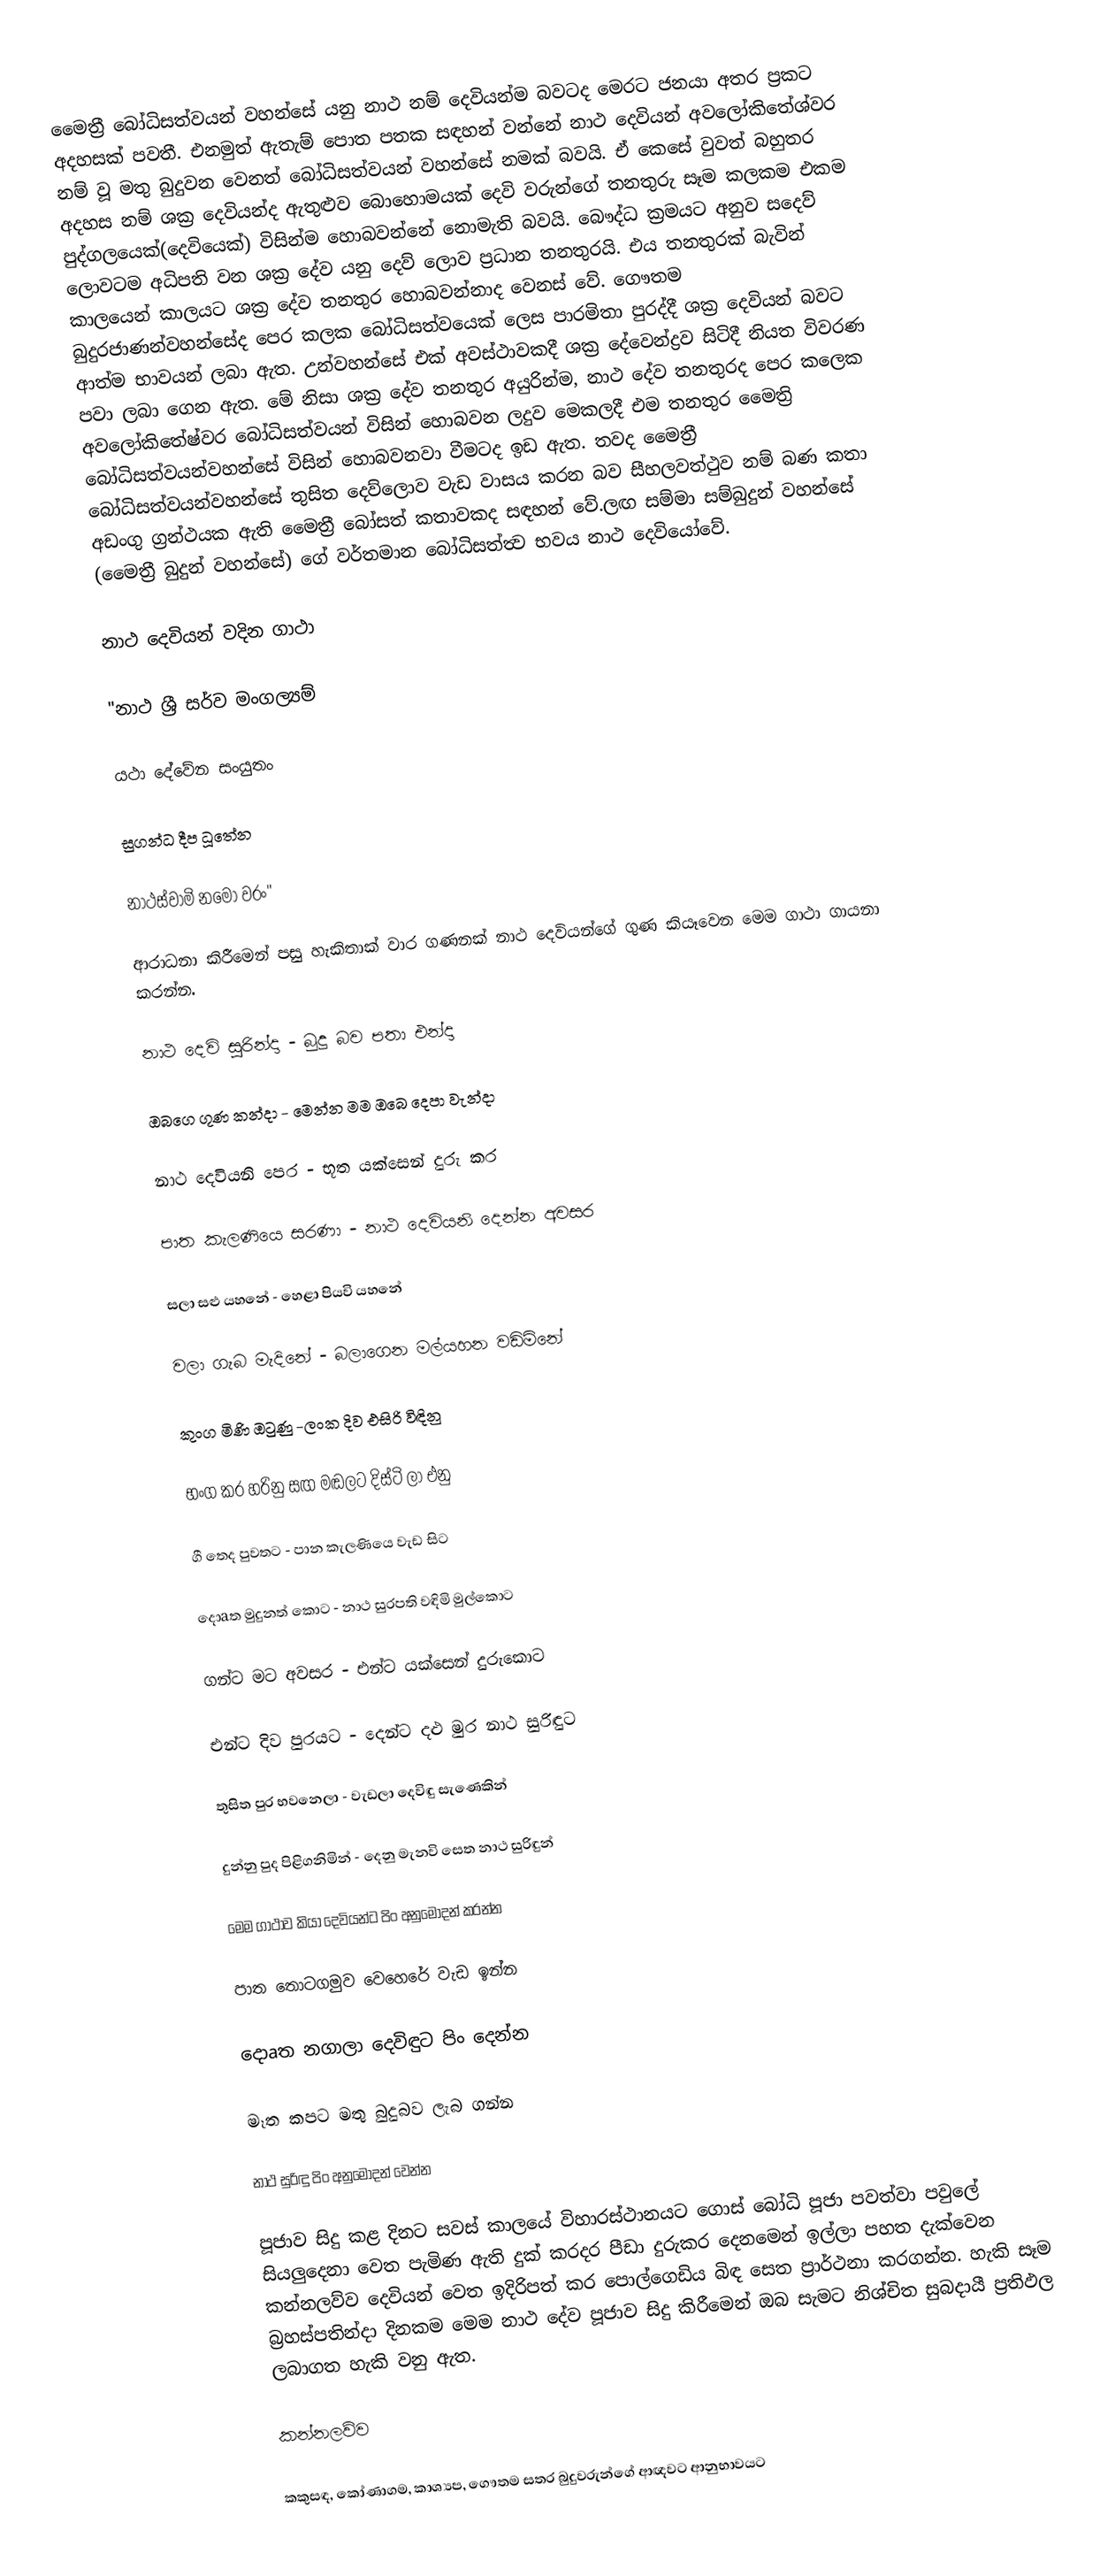
මෛත්‍රී බෝධිසත්වයන් වහන්සේ යනු නාථ නම් දෙවියන්ම බවටද මෙරට ජනයා අතර ප්‍රකට අදහසක් පවතී. එනමුත් ඇතැම් පොත පතක සඳහන් වන්නේ නාථ දෙවියන් අවලෝකිතේශ්වර නම් වූ මතු බුදුවන වෙනත් බෝධිසත්වයන් වහන්සේ නමක් බවයි. ඒ කෙසේ වුවත් බහුතර  අදහස නම් ශක්‍ර දෙවියන්ද ඇතුළුව බොහොමයක් දෙවි වරුන්ගේ තනතුරු සෑම කලකම එකම පුද්ගලයෙක්(දෙවියෙක්) විසින්ම හොබවන්නේ නොමැති බවයි. බෞද්ධ ක්‍රමයට අනුව සදෙව් ලොවටම අධිපති වන ශක්‍ර දේව යනු දෙව් ලොව ප්‍රධාන තනතුරයි. එය තනතුරක් බැවින් කාලයෙන් කාලයට ශක්‍ර දේව තනතුර හොබවන්නාද වෙනස් වේ. ගෞතම බුදුරජාණන්වහන්සේද පෙර කලක බෝධිසත්වයෙක් ලෙස පාරමිතා පුරද්දී ශක්‍ර දෙවියන් බවට ආත්ම භාවයන් ලබා ඇත. උන්වහන්සේ එක් අවස්ථාවකදී ශක්‍ර දේවෙන්ද්‍රව සිටිදී නියත විවරණ පවා ලබා ගෙන ඇත. මේ නිසා ශක්‍ර දේව තනතුර අයුරින්ම, නාථ දේව තනතුරද පෙර කලෙක අවලෝකිතේෂ්වර බෝධිසත්වයන් විසින් හොබවන ලදුව මෙකලදී එම තනතුර මෛත්‍රි බෝධිසත්වයන්වහන්සේ විසින් හොබවනවා වීමටද ඉඩ ඇත. තවද මෛත්‍රී බෝධිසත්වයන්වහන්සේ තුසිත දෙව්ලොව වැඩ වාසය කරන බව සීහලවත්ථුව නම් බණ කතා අඩංගු ග්‍රන්ථයක ඇති මෛත්‍රී බෝසත් කතාවකද සඳහන් වේ.ලඟ සම්මා සම්බුදුන් වහන්සේ (මෛත්‍රී බුදුන් වහන්සේ) ගේ වර්තමාන බෝධිසත්ත්‍ව භවය නාථ දෙවියෝවේ.

නාථ දෙවියන් වදින ගාථා

"නාථ ශ්‍රී සර්ව මංගල්‍යම්

යථා දේවේන සංයුතං

සුගන්ධ දීප ධූතේන

නාථස්‌වාමි නමෝ වරං"

ආරාධනා කිරීමෙන් පසු හැකිතාක්‌ වාර ගණනක්‌ නාථ දෙවියන්ගේ ගුණ කියෑවෙන මෙම ගාථා ගායනා කරන්න.

නාථ දෙවි සුරින්දා - බුදු බව පතා එන්දා

ඔබගෙ ගූණ කන්දා - මෙන්න මම ඔබෙ දෙපා වැන්දා

නාථ දෙවියනි පෙර - භූත යක්‌සෙන් දුරු කර

පාත කැලණියෙ සරණා - නාථ දෙවියනි දෙන්න අවසර

සලා සළු යහනේ - හෙළා පියවි යහනේ

වලා ගැබ මැදිනේ - බලාගෙන මල්යහන වඩිමිනේ

කුංග මිණි ඔටුණු -ලංක දිව එසිරි විඳිනු

භංග කර හරිනු සඟ මඬලට දිස්‌ටි ලා එනු

ගී තෙද පුවතට - පාන කැලණියෙ වැඩ සිට

දොaත මුදුනත් කොට - නාථ සුරපති වඳිමි මුල්කොට

ගන්ට මට අවසර - එන්ට යක්‌සෙන් දුරුකොට

එන්ට දිව පුරයට - දෙන්ට දළු මුර නාථ සුරිඳුට

තුසිත පුර භවනෙලා - වැඩලා දෙවිඳු සැණෙකින්

දුන්නු පුද පිළිගනිමින් - දෙනු මැනවි සෙත නාථ සුරිඳුන්

මෙම ගාථාව කියා දෙවියන්ට පිං අනුමෝදන් කරන්න

පාත තොටගමුව වෙහෙරේ වැඩ ඉන්න

දොaත නගාලා දෙවිඳුට පිං දෙන්න

මෑත කපට මතු බුදුබව ලැබ ගන්න

නාථ සුරිඳු පිං අනුමෝදන් වෙන්න

පූජාව සිදු කළ දිනට සවස්‌ කාලයේ විහාරස්‌ථානයට ගොස්‌ බෝධි පූජා පවත්වා පවුලේ සියලුදෙනා වෙත පැමිණ ඇති දුක්‌ කරදර පීඩා දුරුකර දෙනමෙන් ඉල්ලා පහත දැක්‌වෙන කන්නලව්ව දෙවියන් වෙත ඉදිරිපත් කර පොල්ගෙඩිය බිඳ සෙත ප්‍රාර්ථනා කරගන්න. හැකි සෑම බ්‍රහස්‌පතින්දා දිනකම මෙම නාථ දේව පූජාව සිදු කිරීමෙන් ඔබ සැමට නිශ්චිත සුබදායී ප්‍රතිඵල ලබාගත හැකි වනු ඇත.

කන්නලව්ව

කකුසඳ, කෝණාගම, කාශ්‍යප, ගෞතම සතර බුදුවරුන්ගේ ආඥවට ආනුභාවයට